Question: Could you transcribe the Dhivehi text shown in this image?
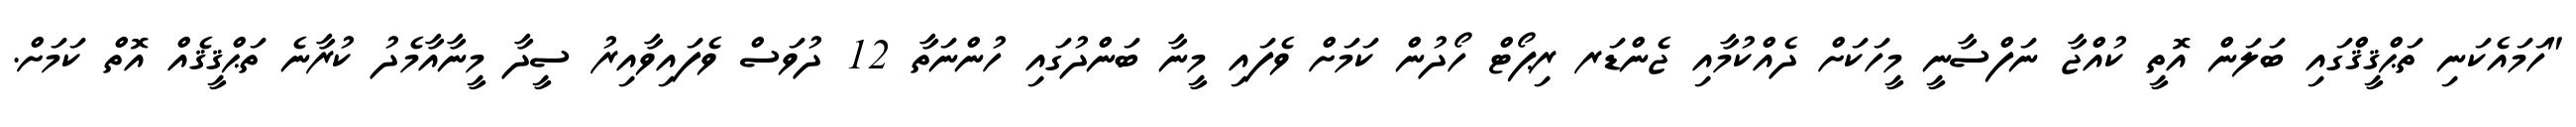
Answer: "ހަމައެކަނި ތަޙްޤީޤްގައި ބަލަން އޮތީ ކުއްޖާ ނަފްސާނީ މީހަކަށް ދެއްކުމާއި ޖެންޑަރ ރިޕޯޓް ހޯދުން ކަމަށް ވެފައި މީނާ ބަންދުގައި ހުންނަތާ 12 ދުވަސް ވެފައިވާއިރު ސީދާ މީނާއާމެދު ކުރާނެ ތަޙްޤީޤެއް އޮތް ކަމަށް.